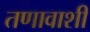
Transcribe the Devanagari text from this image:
तणावाशी